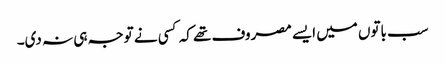
سب باتوں میں ایسے مصروف تھے کہ کسی نے توجہ ہی نہ دی۔